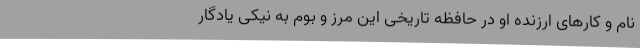
نام و کارهای ارزنده او در حافظه تاریخی این مرز و بوم به نیکی یادگار